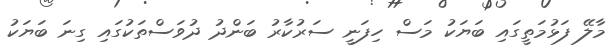
މާލޭ ފަޅުމަތީގައި ބަޔަކު މަސް ހިފަނީ ސަރުކާރު ބަންދު ދުވަސްތަކުގައި ގިނަ ބަޔަކު